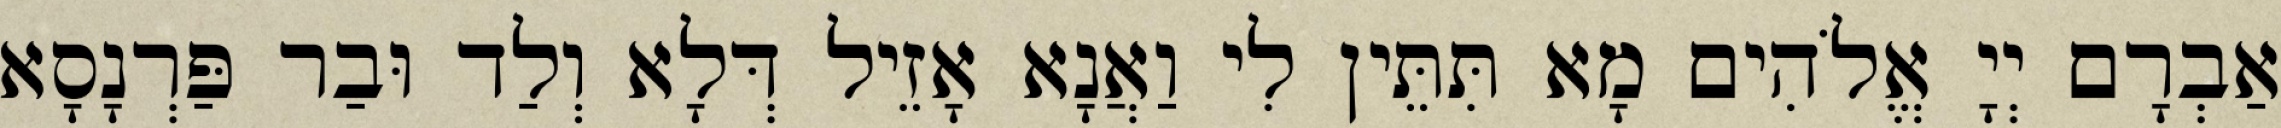
אַבְרָם יְיָ אֱלֹהִים מָא תִּתֵּין לִי וַאֲנָא אָזֵיל דְּלָא וְלַד וּבַר פַּרְנָסָא